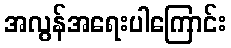
အလွန်အရေးပါကြောင်း